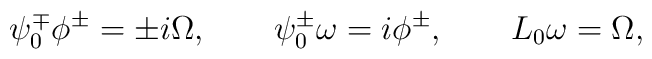
\psi_0^\mp \phi^\pm = \pm i \Omega, \qquad  \psi_0^\pm \omega = i\phi^\pm, \qquad  L_0 \omega = \Omega,